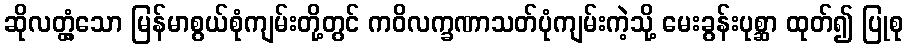
ဆိုလတ္တံ့သော မြန်မာစွယ်စုံကျမ်းတို့တွင် ကဝိလက္ခဏာသတ်ပုံကျမ်းကဲ့သို့ မေးခွန်းပုစ္ဆာ ထုတ်၍ ပြုစု